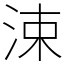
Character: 涑